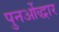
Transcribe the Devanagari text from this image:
पुनर्ओद्धार